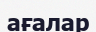
ағалар